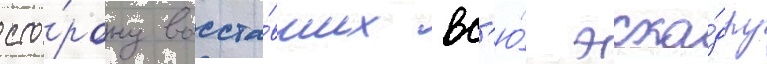
сто́рону восста́вших вс'ю́ эска́дру